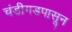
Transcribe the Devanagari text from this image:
चंडीगडपासून